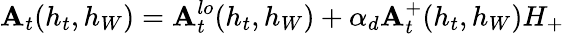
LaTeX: \mathbf{A}_{t}(h_{t},h_{W})=\mathbf{A}_{t}^{lo}(h_{t},h_{W})+\alpha_{d}\mathbf{A}_{t}^{+}(h_{t},h_{W})H_{+}